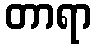
တာရာ